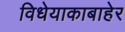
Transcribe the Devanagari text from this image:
विधेयाकाबाहेर